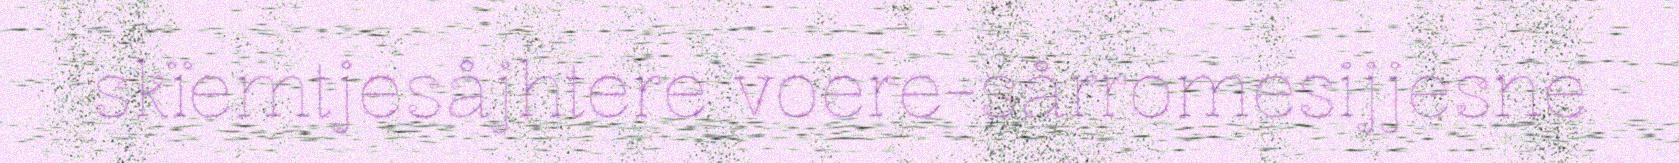
skïemtjesåjhtere voere-sårromesijjesne